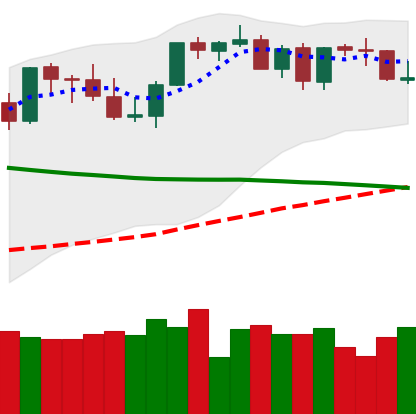
Ticker: BTC-USD
Chart end date: 2021-08-31
Forward return: 9.724%
Label: up_7plus